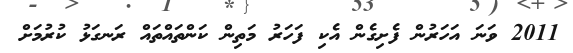
2011 ވަނަ އަހަރުން ފެށިގެން އެކި ފަހަރު މަތިން ކަންތައްތައް ރަނގަޅު ކުރުމަށް